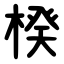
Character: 楑